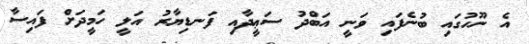
އެ ނޫހުގައި ބުނެފައި ވަނީ އަބްދު ސަޢީދާއި ފަނޑިޔާރު އަލީ ހަމީދަށް ފައިސާ